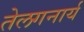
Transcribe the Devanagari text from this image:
तेलगनार्य